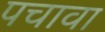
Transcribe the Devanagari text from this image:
पचावा